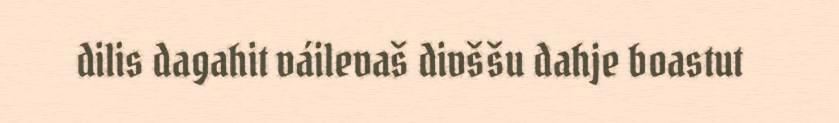
dilis dagahit váilevaš divššu dahje boastut